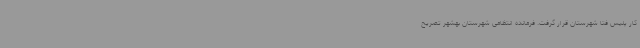
کار پلیس فتا شهرستان قرار گرفت. فرمانده انتظامی شهرستان بهشهر تصریح